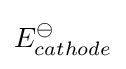
E_{cathode}^{\ominus }